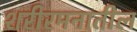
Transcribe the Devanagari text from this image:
शरीरमनातील